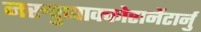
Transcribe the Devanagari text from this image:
नरुपुप्पाक्कोरानेंटार्नु